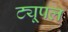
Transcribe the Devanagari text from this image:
ट्यूपल